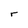
Character: r